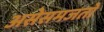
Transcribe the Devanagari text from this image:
असेसमजतो